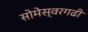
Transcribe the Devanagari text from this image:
सोमेस्वरगढी